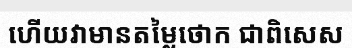
ហើយវាមានតម្លៃថោក ជាពិសេស